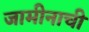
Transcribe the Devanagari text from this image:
जामीनाची